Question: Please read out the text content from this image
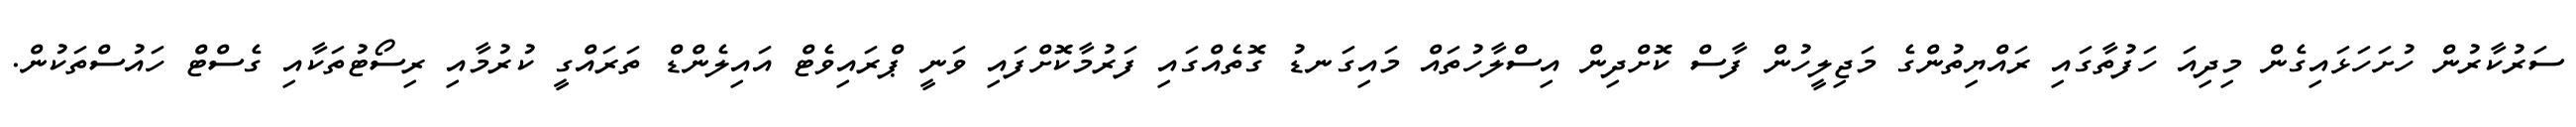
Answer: ސަރުކާރުން ހުށަހަޅައިގެން މިދިއަ ހަފުތާގައި ރައްޔިތުންގެ މަޖިލީހުން ފާސް ކޮށްދިން އިސްލާހުތައް މައިގަނޑު ގޮތެއްގައި ފަރުމާކޮށްފައި ވަނީ ޕްރައިވެޓް އައިލެންޑް ތަރައްގީ ކުރުމާއި ރިސޯޓުތަކާއި ގެސްޓް ހައުސްތަކުން.